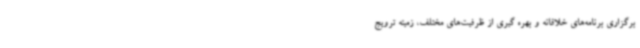
برگزاری برنامه‌های خلاقانه و بهره گیری از ظرفیت‌های مختلف، زمینه ترویج